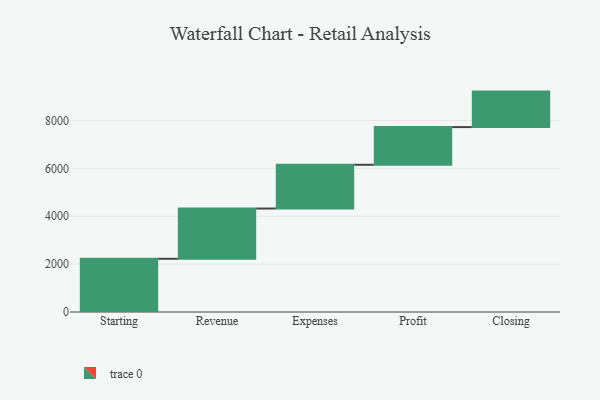
{"axis": {"x": "Step", "y": "Value"}, "legend": [""], "data": [{"x": "Starting", "y": 2222.0, "type": ""}, {"x": "Revenue", "y": 2100.0, "type": ""}, {"x": "Expenses", "y": 1827.0, "type": ""}, {"x": "Profit", "y": 1574.0, "type": ""}, {"x": "Closing", "y": 1483.0, "type": ""}]}